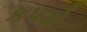
કપડો